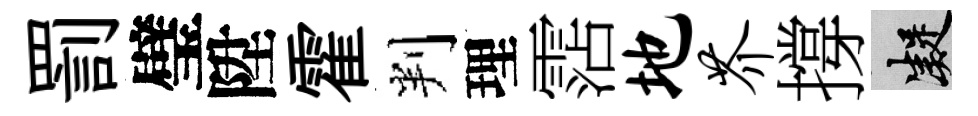
罰璧陞霍判理霑地芥撐凝